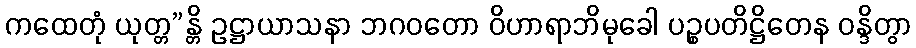
ကထေတုံ ယုတ္တ”န္တိ ဥဋ္ဌာယာသနာ ဘဂဝတော ဝိဟာရာဘိမုခေါ ပဉ္စပတိဋ္ဌိတေန ဝန္ဒိတွာ